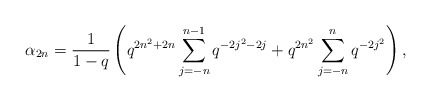
\begin{align*} \alpha_{2n} = \frac{1}{1-q}\left(q^{2n^2+2n}\sum_{j=-n}^{n-1}q^{-2j^2-2j} + q^{2n^2}\sum_{j=-n}^{n} q^{-2j^2}\right),\end{align*}